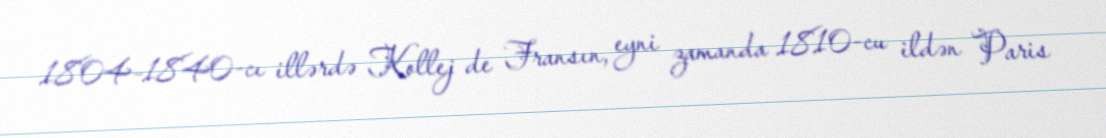
1804–1840-cı illərdə Kollej de Fransın, eyni zamanda 1810-cu ildən Paris